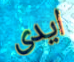
ايدى